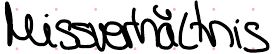
Missverhältnis